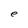
Character: e